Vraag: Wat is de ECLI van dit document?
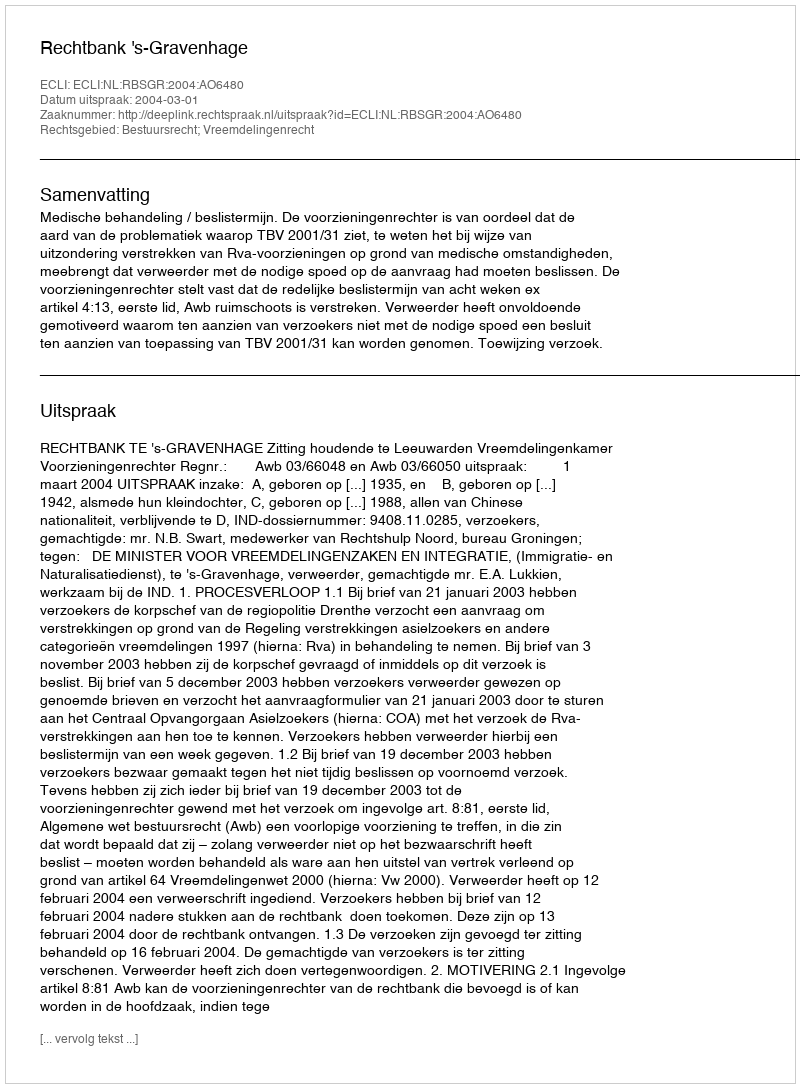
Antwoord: ECLI:NL:RBSGR:2004:AO6480